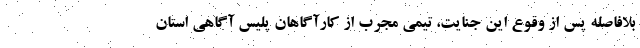
بلافاصله پس از وقوع این جنایت، تیمی مجرب از کارآگاهان پلیس آگاهی استان